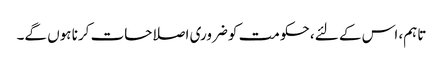
تاہم، اس کے لئے، حکومت کو ضروری اصلاحات کرنا ہوں گے۔